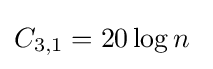
C_{3,1}=20\log n\